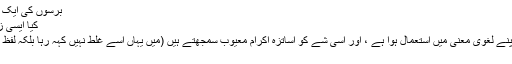
برسوں کی ایک دم میں، رفاقت ؔجو چھوڑ دے
کیا ایسی زندگی کا بھروسہ کرے کوئی​
اب اِس مقطع میں لفظ رفاقت اپنے لغوی معنی میں استعمال ہوا ہے ، اور اِسی شے کو اساتزہ اکرام معیوب سمجھتے ہیں (میں یہاں اِسے غلط نہیں کہہ رہا بلکہ لفظ معیوب استعمال کر رہا ہوں )
وزن اور بحر:۔